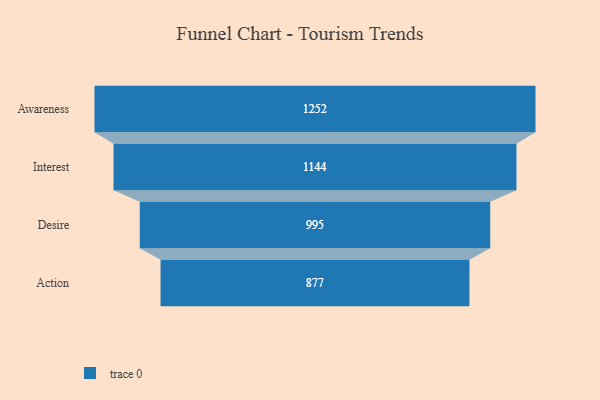
{"axis": {"x": "Stage", "y": "Value"}, "legend": [""], "data": [{"x": "Awareness", "y": 1252.0, "type": ""}, {"x": "Interest", "y": 1144.0, "type": ""}, {"x": "Desire", "y": 995.0, "type": ""}, {"x": "Action", "y": 877.0, "type": ""}]}